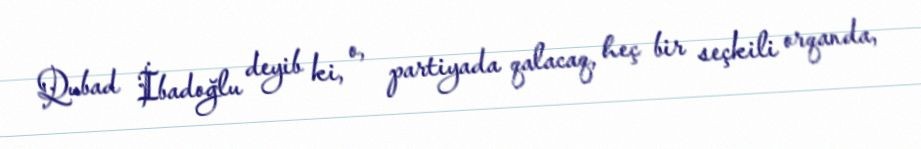
Qubad İbadoğlu deyib ki, o, partiyada qalacaq, heç bir seçkili orqanda,